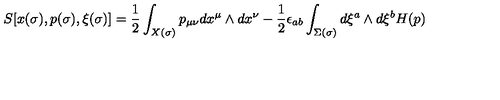
S [ x ( \sigma ) , p ( \sigma ) , \xi ( \sigma ) ] = { \frac { 1 } { 2 } } \int _ { X ( \sigma ) } p _ { \mu \nu } d x ^ { \mu } \wedge d x ^ { \nu } - { \frac { 1 } { 2 } } \epsilon _ { a b } \int _ { \Sigma ( \sigma ) } d \xi ^ { a } \wedge d \xi ^ { b } H ( p )